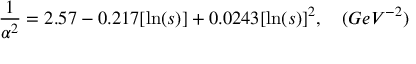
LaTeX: { \frac { 1 } { \alpha ^ { 2 } } } = 2 . 5 7 - 0 . 2 1 7 [ \ln ( s ) ] + 0 . 0 2 4 3 [ \ln ( s ) ] ^ { 2 } , \quad ( G e V ^ { - 2 } )